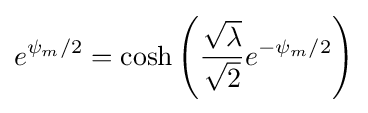
e^{\psi _{m}/2}=\cosh \left({\frac {\sqrt {\lambda }}{\sqrt {2}}}e^{-\psi _{m}/2}\right)